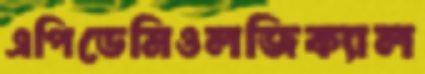
এপিডেমিওলজিক্যাল